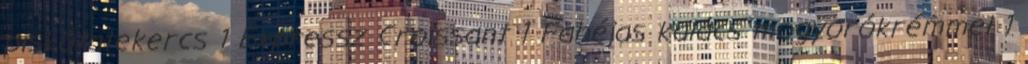
piskótatekercs 1 Expressz Croissant 1 Fahéjas kalács mogyorókrémmel 1